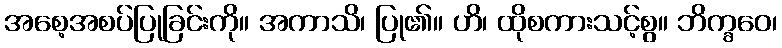
အစေ့အစပ်ပြုခြင်းကို။ အကာသိ၊ ပြု၏။ ဟိ၊ ထိုစကားသင့်စွ။ ဘိက္ခဝေ၊